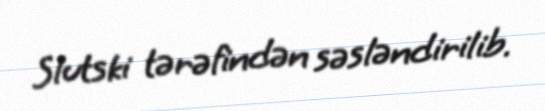
Slutski tərəfindən səsləndirilib.